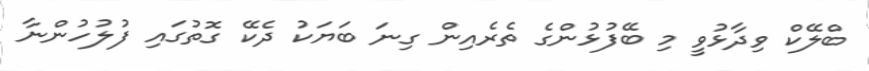
ބްލޭކް ވިދާޅުވީ މި ބޭފުޅުންގެ ތެރެއިން ގިނަ ބަޔަކު ދެކޭ ގޮތުގައި ފުލުހުންނާ